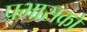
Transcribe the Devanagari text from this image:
प्रभासको